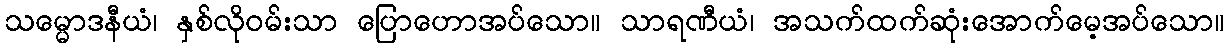
သမ္မောဒနီယံ၊ နှစ်လိုဝမ်းသာ ပြောဟောအပ်သော။ သာရဏီယံ၊ အသက်ထက်ဆုံးအောက်မေ့အပ်သော။